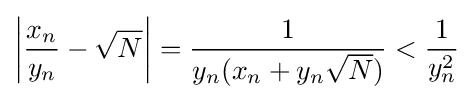
\left|{\frac {x_{n}}{y_{n}}}-{\sqrt {N}}\right|={\frac {1}{y_{n}(x_{n}+y_{n}{\sqrt {N}})}}<{\frac {1}{y_{n}^{2}}}